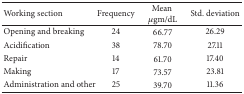
<table><thead><tr><td><b>Working section</b></td><td><b>Frequency</b></td><td><b>Mean <i>μ</i>gm/dL</b></td><td><b>Std. deviation</b></td></tr></thead><tbody><tr><td>Opening and breaking</td><td>24</td><td>66.77</td><td>26.29</td></tr><tr><td>Acidification</td><td>38</td><td>78.70</td><td>27.11</td></tr><tr><td>Repair</td><td>14</td><td>61.70</td><td>17.40</td></tr><tr><td>Making</td><td>17</td><td>73.57</td><td>23.81</td></tr><tr><td>Administration and other</td><td>25</td><td>39.70</td><td>11.36</td></tr></tbody></table>